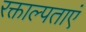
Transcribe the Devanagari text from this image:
रक्ताल्पताएं